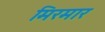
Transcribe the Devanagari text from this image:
मिरमार